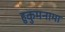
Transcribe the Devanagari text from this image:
हुकुमनामा